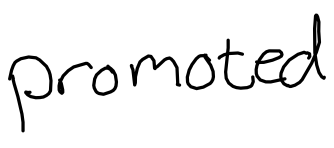
Text: promoted
Cross-out: clean
Writing tool: digital_black